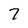
Character: 7